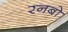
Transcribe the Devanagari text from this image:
रनबो